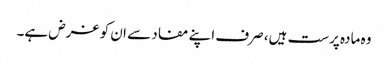
وہ مادہ پرست ہیں، صرف اپنے مفاد سے ان کو غرض ہے۔